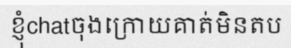
ខ្ញុំchatចុងក្រោយគាត់មិនតប